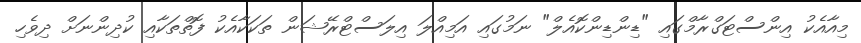
މިއާއެކު އިންސްޓަގްރާމްގައި "ޑިންޑިންކޮއެލް" ނަމުގައި އަމިއްލަ އިލަސްޓްރޭޝަން ތަކަކާއެކު ފޮތްތަކާއި ކުދިންނަށް ދިވެހި